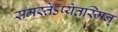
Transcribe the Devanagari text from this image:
समस्तेऽप्येतस्मिन्